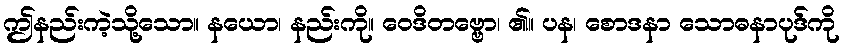
ဤနည်းကဲ့သို့သော။ နယော၊ နည်းကို။ ဝေဒိတဗ္ဗော၊ ၏။ ပန၊ စောဒနာ သောဓနာပုဒ်ကို